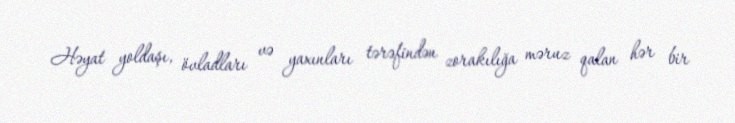
Həyat yoldaşı, övladları və yaxınları tərəfindən zorakılığa məruz qalan hər bir